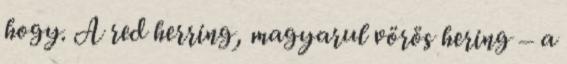
hogy. A red herring, magyarul vörös hering – a